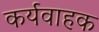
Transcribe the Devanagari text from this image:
कर्यवाहक